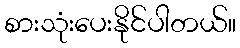
စားသုံးပေးနိုင်ပါတယ်။